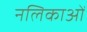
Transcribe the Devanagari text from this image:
नलिकाआें